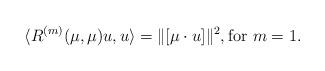
LaTeX: \begin{align*} \langle R^{(m)}(\mu, \mu) u, u\rangle =\Vert [ \mu\cdot u ]\Vert^2, \textrm{for } m=1. \end{align*}